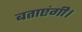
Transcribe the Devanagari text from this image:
बताएंगी।